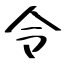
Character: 令